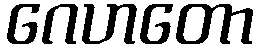
ဂေဟတော